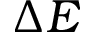
\Delta E